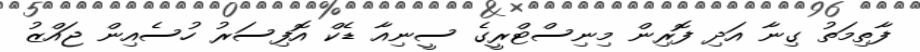
ފާތިމަތު ގިނާ އަދި ފޮރިން މިނިސްޓްރީގެ ސީނިއާ ޑެކް އޮފިސަރު ހުސެއިން ޖައްޒު